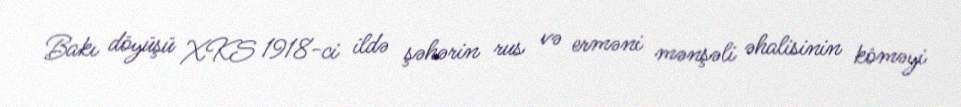
Bakı döyüşü XKS 1918-ci ildə şəhərin rus və erməni mənşəli əhalisinin köməyi